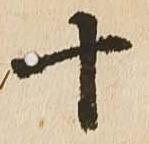
十